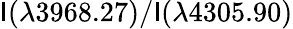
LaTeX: \mathsf{I}(\lambda3968.27)/\mathsf{I}(\lambda4305.90)